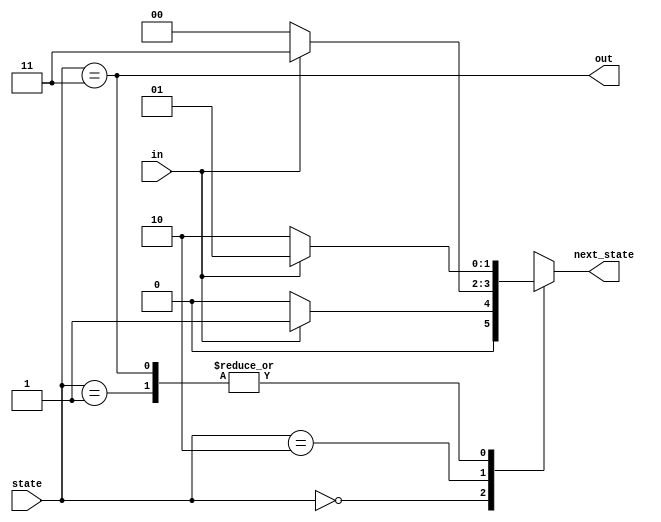
module top_module(
    input in,
    input [1:0] state,
    output [1:0] next_state,
    output out); //

    parameter A=0, B=1, C=2, D=3;

    always @ (*) begin
        case (state)
            A: next_state = in ? B : A;
            B: next_state = in ? B : C;
            C: next_state = in ? D : A;
            D: next_state = in ? B : C;
        endcase
    end
    

    assign out = state == D;

endmodule